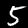
Label: 5